Report on horse surra - Volume II, Part II
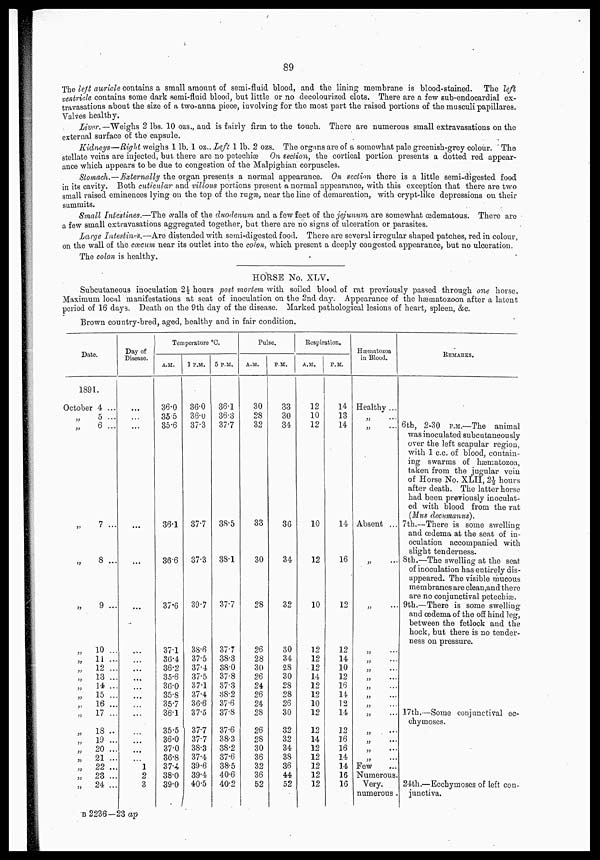
89
The left auricle contains a small amount of semi-fluid blood, and the lining membrane is blood-stained. The left
ventricle contains some dark semi-fluid blood, but little or no decolourized clots. There are a few sub-endocardial ex-
travasations about the size of a two-anna piece, involving for the most part the raised portions of the musculi papillares.
Valves healthy.
Liver.—Weighs 2 lbs. 10 ozs., and is fairly firm to the touch. There are numerous small extravasations on the
external surface of the capsule.
Kidneys—Right weighs 1 lb. 1 oz.. Left 1 lb. 2 ozs. The organs are of a somewhat pale greenish-grey colour. The
stellate veins are injected, but there are no petechiæ On section, the cortical portion presents a dotted red appear-
ance which appears to be due to congestion of the Malpighian corpuscles.
Stomach.—Externally the organ presents a normal appearance. On section there is a little semi-digested food
in its cavity. Both cuticular and villous portions present a normal appearance, with this exception that there are two
small raised eminences lying on the top of the rugæ, near the line of demarcation, with crypt-like depressions on their
summits.
Small Intestines.—The walls of the duodenum and a few feet of the jejunum are somewhat œdematous. There are
a few small extravasations aggregated together, but there are no signs of ulceration or parasites.
Large Intestines.—Are distended with semi-digested food. There are several irregular shaped patches, red in colour,
on the wall of the cœcum near its outlet into the colon, which present a deeply congested appearance, but no ulceration.
The colon is healthy.
HORSE No. XLV.
Subcutaneous inoculation 2½ hours post mortem with soiled blood of rat previously passed through one horse.
Maximum local manifestations at seat of inoculation on the 2nd day. Appearance of the hæmatozoon after a latent
period of 16 days. Death on the 9th day of the disease. Marked pathological lesions of heart, spleen, &c.
Brown country-bred, aged, healthy and in fair condition.
Date.
1891.
October
„
„
„
„
„
„
„
„
„
„
„
„
„
„
„
„
„
„
„
„
4 ...
5 ...
6 ...
7 ...
8 ...
9 ...
10 ...
11 ....
12 ...
13 ...
14 ...
15 ...
16 ...
17 ...
18 ..
19 ...
20 ...
21 ...
22 ...
23 ...
24 ...
Day of
Disease.
...
...
...
...
...
...
...
...
...
...
...
...
...
...
...
...
...
...
1
2
3
Temperature °C.
A.M.
36.0
35.5
35.6
36.1
36.6
37.6
37.1
36.4
36.2
35.6
36.0
35.8
35.7
36.1
35.5
36.0
37.0
36.8
37.4
38.0
39.0
1 P.M.
36.0
36.0
37.3
37.7
37.3
39.7
38.6
37.5
37.4
37.5
37.1
37.4
36.6
37.5
37.7
37.7
38.3
37.4
39.6
39.4
40.5
5 P.M.
36.1
36.3
37.7
38.5
38.1
37.7
37.7
38.3
38.0
37.8
37.3
38.2
37.6
37.8
37.6
38.3
38.2
37.6
38.5
40.6
40.2
Pulse.
A.M.
30
28
32
33
30
28
26
28
30
26
24
26
24
28
26
28
30
36
32
36
52
P.M.
33
30
34
36
34
32
30
34
28
30
28
28
26
30
32
32
34
38
36
44
52
Respiration.
A.M.
12
10
12
10
12
10
12
12
12
14
12
12
10
12
12
14
12
12
12
12
12
P.M.
14
13
14
14
16
12
12
14
10
12
16
14
12
14
12
16
16
14
14
16
16
Hæmatozoa
in Blood.
Healthy ...
„ ...
„ ...
Absent ...
„
...
„ ...
„ ...
„ ...
„
...
„
...
„ ...
„
...
„ ...
„
...
„
...
„
...
„
...
„ ...
Few ...
Numerous.
Very.
numerous .
REMARKS.
6th, 2-30 P.M.—The animal
was inoculated subcutaneously
over the left scapular region,
with 1 c.c. of blood, contain-
ing swarms of hæmatozoa,
taken from the jugular vein
of Horse No. XLII, 2½ hours
after death. The latter horse
had been previously inoculat-
ed with blood from the rat
(Mus decumanus).
7th.—There is some swelling
and œdema at the seat of in-
oculation accompanied with
slight tenderness.
8th.—The swelling at the seat
of inoculation has entirely dis-
appeared. The visible mucous
membranes are clean,and there
are no conjunctival petechiæ.
9th.—There is some swelling
and œdema of the off hind leg,
between the fetlock and the
hock, but there is no tender-
ness on pressure.
17th.—Some conjunctival ec-
chymoses.
24th.—Ecchymoses of left con-
junctiva.
B 2236—23 ap